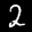
Label: 2